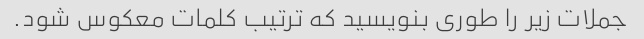
جملات زیر را طوری بنویسید که ترتیب کلمات معکوس شود.